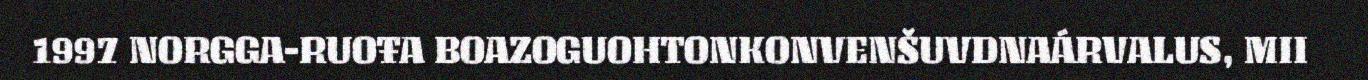
1997 NORGGA-RUOŦA BOAZOGUOHTONKONVENŠUVDNAÁRVALUS, MII